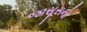
જાસૂસનો